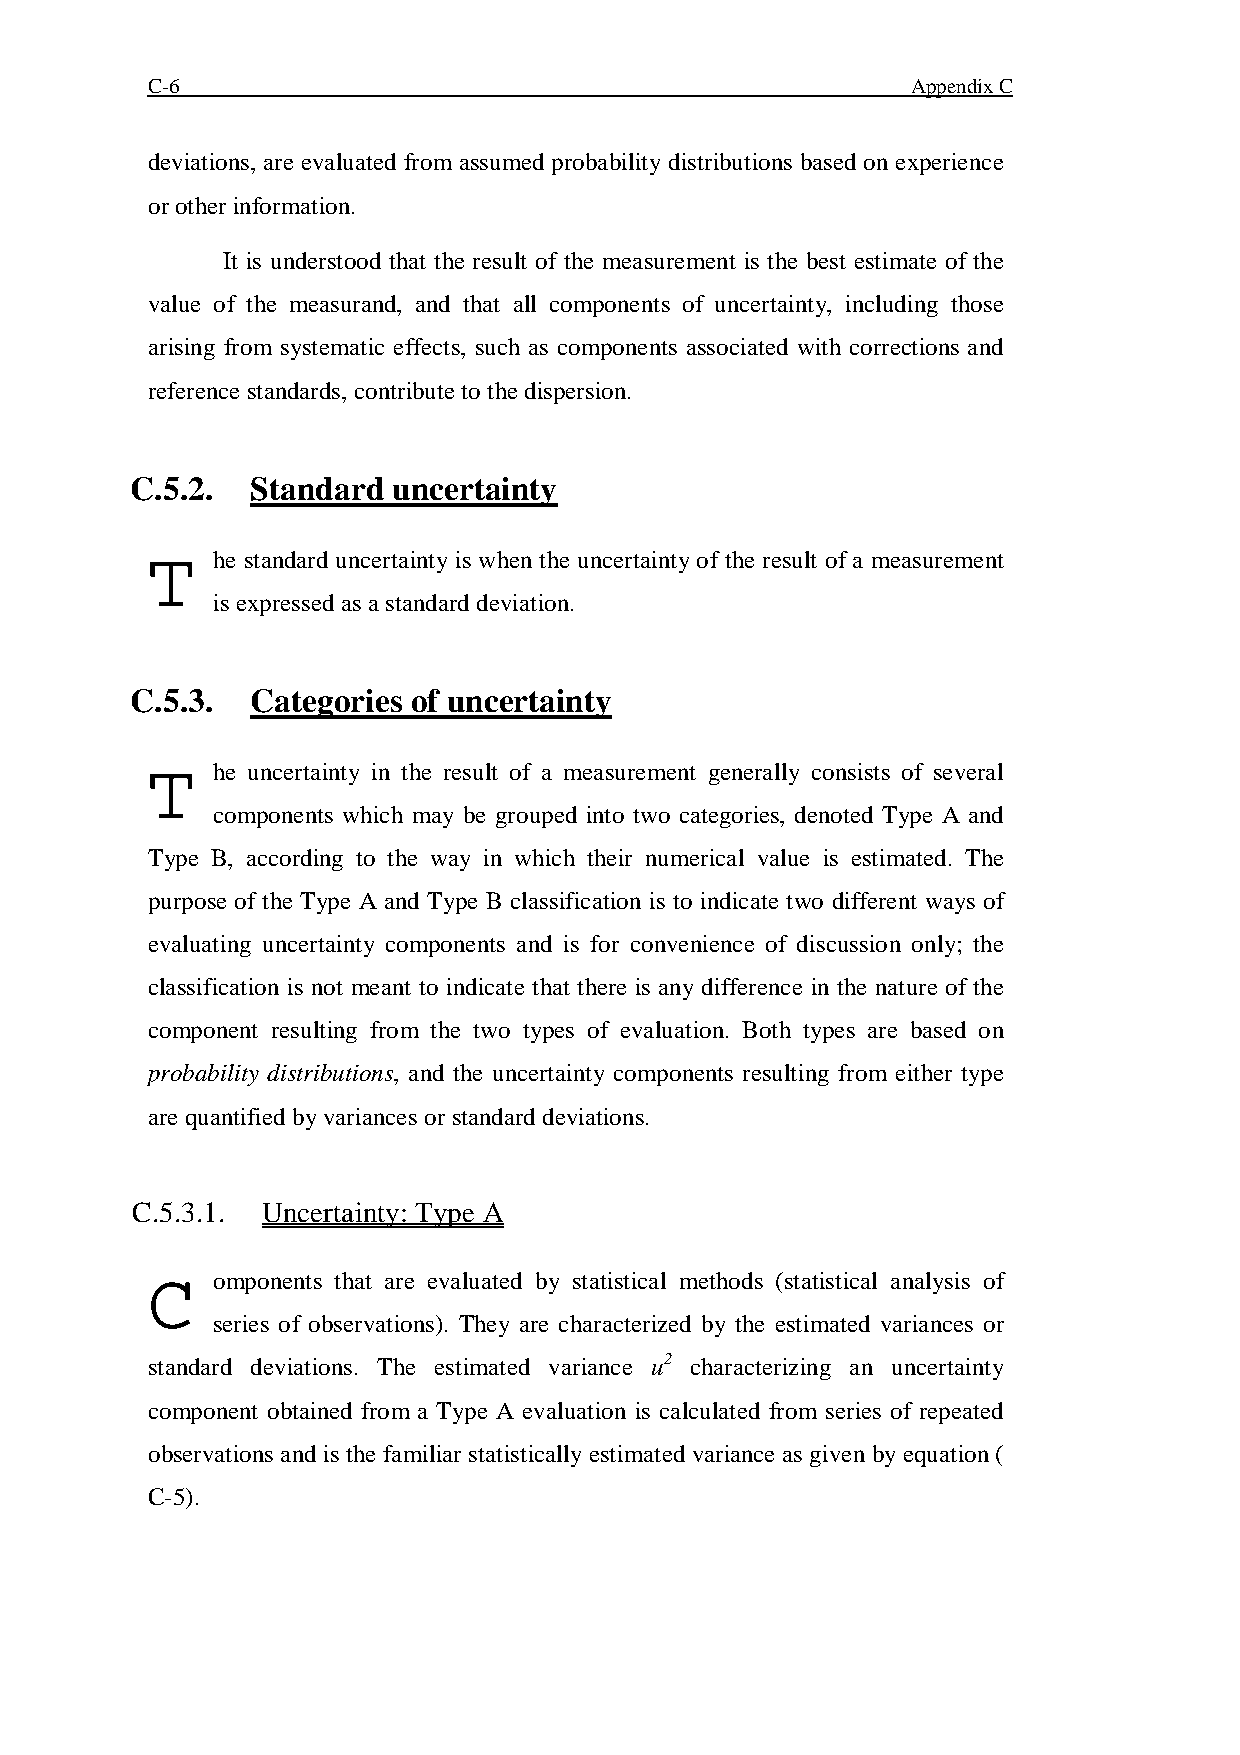
C-6                                               Appendix C
 deviations, are evaluated from assumed probability distributions based on experience
 or other information.
 It is understood that the result of the measurement is the best estimate of the
 value of the measurand, and that all components of uncertainty, including those
 arising from systematic effects, such as components associated with corrections and
 reference standards, contribute to the dispersion.
 C.5.2.  Standard uncertainty
 T   he standard uncertainty is when the uncertainty of the result of a measurement
 is expressed as a standard deviation.
 C.5.3.  Categories of uncertainty
 T   he uncertainty in the result of a measurement generally consists of several
 components which may be grouped into two categories, denoted Type A and
 Type B, according to the way in which their numerical value is estimated. The
 purpose of the Type A and Type B classification is to indicate two different ways of
 evaluating uncertainty components and is for convenience of discussion only; the
 classification is not meant to indicate that there is any difference in the nature of the
 component resulting from the two types of evaluation. Both types are based on
 probability distributions, and the uncertainty components resulting from either type
 are quantified by variances or standard deviations.
 C.5.3.1. Uncertainty: Type A
 C   omponents that are evaluated by statistical methods (statistical analysis of
 series of observations). They are characterized by the estimated variances or
 standard deviations. The estimated variance u2 characterizing an uncertainty
 component obtained from a Type A evaluation is calculated from series of repeated
 observations and is the familiar statistically estimated variance as given by equation (
 C-5).